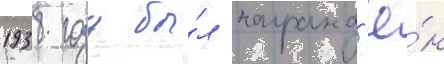
1938 году бы́л награжд'ё́н